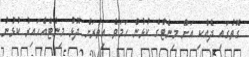
ގޮތުގައި ދެއްކި އަށް މިނެޓްގެ ކުޅުން ހަމަވެ އިތުރަށް ދޮޅު މިނެޓެއްހައިރު ކުޅުނު